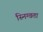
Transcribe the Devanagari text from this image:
स्निग्वता